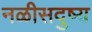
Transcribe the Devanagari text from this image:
नळीसदुष्य